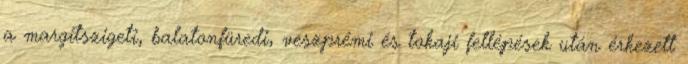
a margitszigeti, balatonfüredi, veszprémi és tokaji fellépések után érkezett